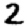
Digit: 2